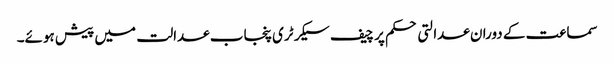
سماعت کے دوران عدالتی حکم پر چیف سیکرٹری پنجاب عدالت میں پیش ہوئے۔